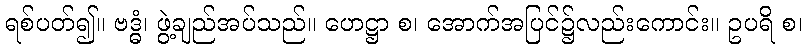
ရစ်ပတ်၍။ ဗဒ္ဓံ၊ ဖွဲ့ချည်အပ်သည်။ ဟေဋ္ဌာ စ၊ အောက်အပြင်၌လည်းကောင်း။ ဥပရိ စ၊